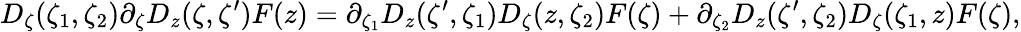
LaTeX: D_{\zeta}(\zeta_{1},\zeta_{2})\partial_{\zeta}D_{z}(\zeta,\zeta^{\prime})F(z)=\partial_{\zeta_{1}}D_{z}(\zeta^{\prime},\zeta_{1})D_{\zeta}(z,\zeta_{2})F(\zeta)+\partial_{\zeta_{2}}D_{z}(\zeta^{\prime},\zeta_{2})D_{\zeta}(\zeta_{1},z)F(\zeta),